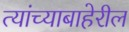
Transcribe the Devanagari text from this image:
त्यांच्याबाहेरील